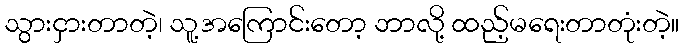
သွားငှားတာတဲ့၊ သူ့အကြောင်းတော့ ဘာလို့ ထည့်မရေးတာတုံးတဲ့။